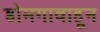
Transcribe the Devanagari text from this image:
डोमगावाहून